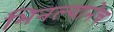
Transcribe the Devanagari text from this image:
भिनल्यानेच